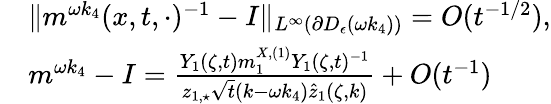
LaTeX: \begin{array}{rl}&{\| m^{\omega k_{4}}(x,t,\cdot)^{-1}-I\| _{L^{\infty}(\partial D_{\epsilon}(\omega k_{4}))}=O(t^{-1/2}),}\\ &{m^{\omega k_{4}}-I=\frac{Y_{1}(\zeta,t)m_{1}^{X,(1)}Y_{1}(\zeta,t)^{-1}}{z_{1,\star}\sqrt{t}(k-\omega k_{4})\hat{z}_{1}(\zeta,k)}+O(t^{-1})}\end{array}